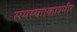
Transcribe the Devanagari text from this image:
समस्या।काश्मीर